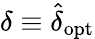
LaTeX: \delta\equiv\hat{\delta}_{\mathrm{opt}}